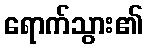
ရောက်သွား၏